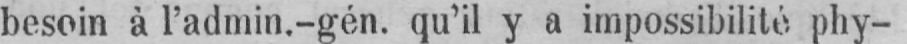
besoin à l’admin.-gén. qu’il y a impossibilité phy-